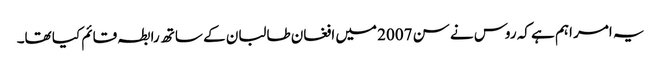
یہ امر اہم ہے کہ روس نے سن 2007 میں افغان طالبان کے ساتھ رابطہ قائم کیا تھا۔